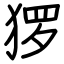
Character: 猡